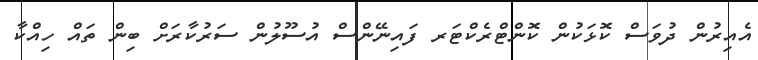
އެއިރުން ދުވަސް ކޮޅަކުން ކޮންޓްރެކްޓަރ ފައިނޭންސް އުސޫލުން ސަރުކާރަށް ބިން ތައް ހިއްކާ